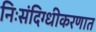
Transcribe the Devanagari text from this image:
निःसंदिग्धीकरणात